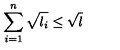
\sum _ { i = 1 } ^ { n } \sqrt { l _ { i } } \leq \sqrt { l }